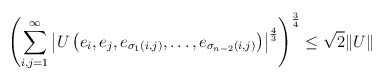
\begin{align*}\left( \sum_{i,j=1}^{\infty }\left\vert U\left( e_{i},e_{j},e_{\sigma_{1}(i,j)},\ldots ,e_{\sigma _{n-2}(i,j)}\right) \right\vert ^{\frac{4}{3}}\right) ^{\frac{3}{4}}\leq \sqrt{2}\Vert U\Vert \end{align*}